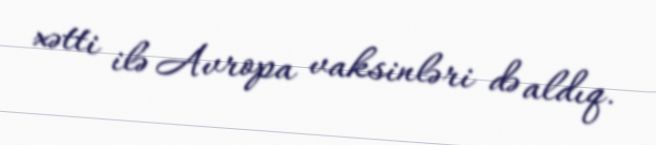
xətti ilə Avropa vaksinləri də aldıq.